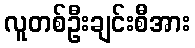
လူတစ်ဦးချင်းစီအား